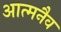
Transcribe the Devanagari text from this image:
आत्मनैव